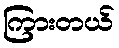
ကြားတယ်